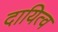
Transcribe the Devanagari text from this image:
दायित्‍व